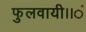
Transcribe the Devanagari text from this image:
फुलवायी।।ं